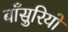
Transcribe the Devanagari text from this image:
बाँसुरियों